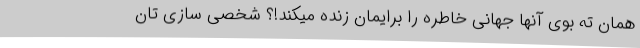
همان ته بوی آنها جهانی خاطره را برایمان زنده میکند!؟ شخصی سازی تان